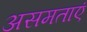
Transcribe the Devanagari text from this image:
असमताएं